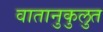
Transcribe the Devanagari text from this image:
वातानुकुलुत